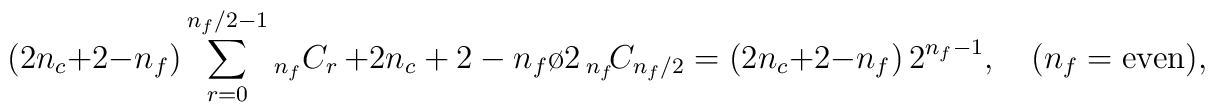
(2 n_c +2 - n_f) \sum_{r=0}^{{n_f}/2-1}  {}_{n_f} C_r     \,   +  {2 n_c +2 - n_f \o 2}\,  {}_{n_f} \!C_{n_f/2}     =   (2 n_c +2 - n_f) \, 2^{n_f-1},   \quad  (n_f = {\hbox {\rm even}}),